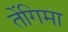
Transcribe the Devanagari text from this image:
तेंगिमा